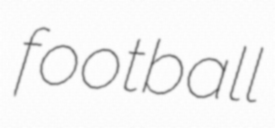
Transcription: football